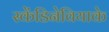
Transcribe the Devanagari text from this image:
स्केंडिनेवियाके